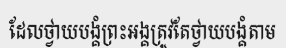
ដែលថ្វាយបង្គំព្រះអង្គត្រូវតែថ្វាយបង្គំតាម